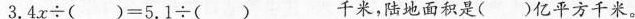
$$3 . 4 x \div ( ) = 5 . 1 \div ( )$$千米，陆地面积是( )亿平方千米。